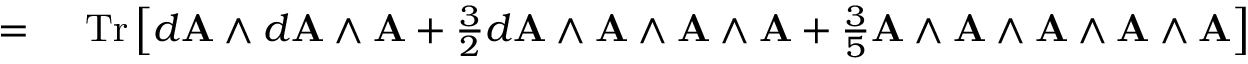
\begin{array} { r l } { = { } } & { { } \operatorname { T r } \left[ d \mathbf { A } \wedge d \mathbf { A } \wedge \mathbf { A } + { \frac { 3 } { 2 } } d \mathbf { A } \wedge \mathbf { A } \wedge \mathbf { A } \wedge \mathbf { A } + { \frac { 3 } { 5 } } \mathbf { A } \wedge \mathbf { A } \wedge \mathbf { A } \wedge \mathbf { A } \wedge \mathbf { A } \right] } \end{array}